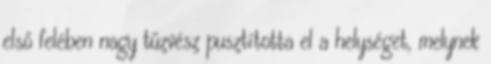
első felében nagy tűzvész pusztította el a helységet, melynek